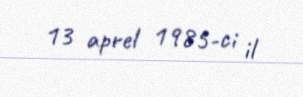
13 aprel 1985-ci il